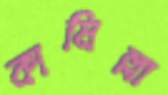
কামিল্লা